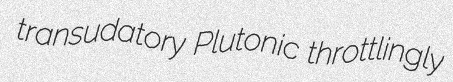
transudatory Plutonic throttlingly